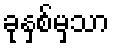
ခုနှစ်မှသာ